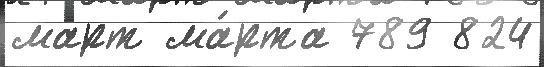
март ма́рта 789 824